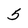
Character: 5